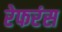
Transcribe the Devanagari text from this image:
रेफरंस